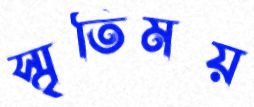
স্মৃতিময়